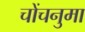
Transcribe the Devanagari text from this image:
चोंचनुमा